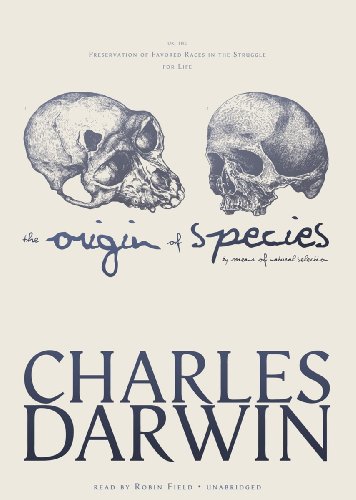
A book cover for The Origin of Species by Means of Natural Selection: Or, the Preservation of Favored Races in the Struggle for Life; Charles Darwin; Science & Math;